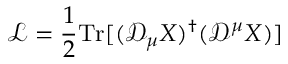
\mathcal { L } = \frac { 1 } { 2 } \mathrm { T r } [ ( \mathcal { D } _ { \mu } X ) ^ { \dagger } ( \mathcal { D } ^ { \mu } X ) ]